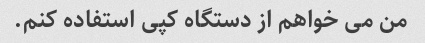
من می خواهم از دستگاه کپی استفاده کنم.